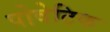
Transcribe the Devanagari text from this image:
पोवेटिक